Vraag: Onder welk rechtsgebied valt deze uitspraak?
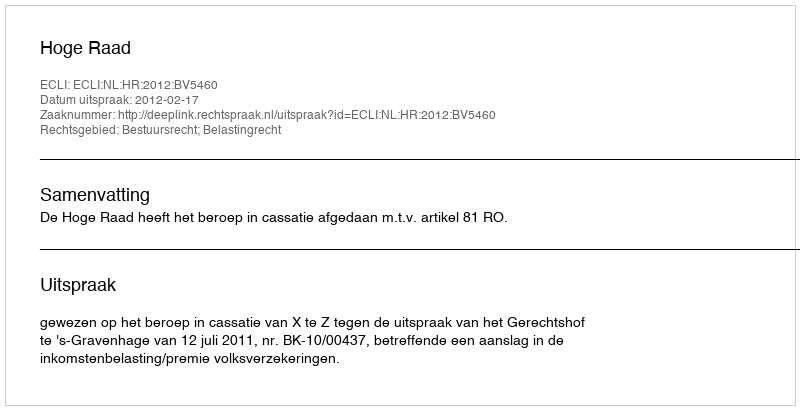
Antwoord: Bestuursrecht; Belastingrecht